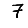
Digit: 7